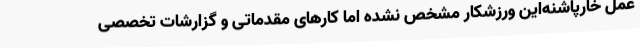
عمل خارپاشنه‌این ورزشکار مشخص نشده اما کارهای مقدماتی و گزارشات تخصصی